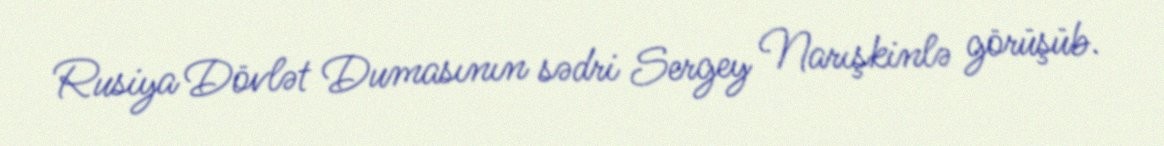
Rusiya Dövlət Dumasının sədri Sergey Narışkinlə görüşüb.